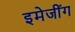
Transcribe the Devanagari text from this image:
इमेजींग